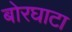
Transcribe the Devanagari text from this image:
बोरघाटा